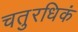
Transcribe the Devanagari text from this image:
चतुरधिकं